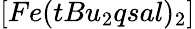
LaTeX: [Fe(tBu_{2}qsal)_{2}]